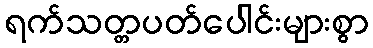
ရက်သတ္တပတ်ပေါင်းများစွာ